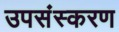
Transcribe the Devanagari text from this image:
उपसंस्करण